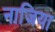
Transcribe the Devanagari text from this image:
नाजिया